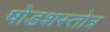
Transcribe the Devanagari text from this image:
षोडशस्तोत्र